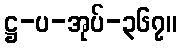
ဋ္ဌ-ပ-အုပ်-၃၆၇။